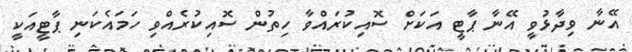
އޭނާ ވިދާޅުވީ އޭނާ ޕާޓީ އަކަށް ސޮއިކުރައްވާ ހިތުން ސޮއިކުރެއްވި ހަމައެކަނި ޕާޓީއަކީ